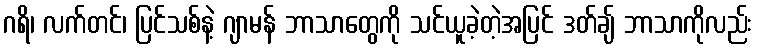
ဂရိ၊ လက်တင်၊ ပြင်သစ်နဲ့ ဂျာမန် ဘာသာတွေကို သင်ယူခဲ့တဲ့အပြင် ဒတ်ချ် ဘာသာကိုလည်း